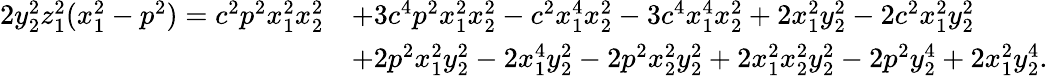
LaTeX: \begin{array}{rl}{2y_{2}^{2}z_{1}^{2}(x_{1}^{2}-p^{2})=c^{2}p^{2}x_{1}^{2}x_{2}^{2}}&{+3c^{4}p^{2}x_{1}^{2}x_{2}^{2}-c^{2}x_{1}^{4}x_{2}^{2}-3c^{4}x_{1}^{4}x_{2}^{2}+2x_{1}^{2}y_{2}^{2}-2c^{2}x_{1}^{2}y_{2}^{2}}\\ &{+2p^{2}x_{1}^{2}y_{2}^{2}-2x_{1}^{4}y_{2}^{2}-2p^{2}x_{2}^{2}y_{2}^{2}+2x_{1}^{2}x_{2}^{2}y_{2}^{2}-2p^{2}y_{2}^{4}+2x_{1}^{2}y_{2}^{4}.}\end{array}